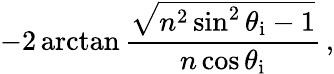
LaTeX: -2\arctan{\frac{\sqrt{n^{2}\sin^{2}\theta_{\mathrm{i}}-1}}{n\cos\theta_{\mathrm{i}}}}\, ,